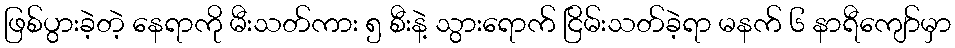
ဖြစ်ပွားခဲ့တဲ့ နေရာကို မီးသတ်ကား ၅ စီးနဲ့ သွားရောက် ငြိမ်းသတ်ခဲ့ရာ မနက် ၆ နာရီကျော်မှာ